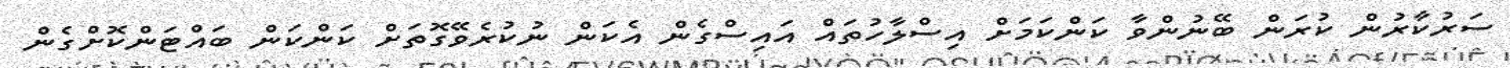
ސަރުކާރުން ކުރަން ބޭނުންވާ ކަންކަމަށް އިސްލާހުތައް އައިސްގެން އެކަން ނުކުރެވޭގޮތަށް ކަންކަން ބައްޓަންކޮށްގެން